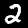
Digit: 2